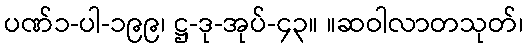
ပဏ်၁-ပါ-၁၉၉၊ ဋ္ဌ-ဒု-အုပ်-၄၃။ ။ဆဝါလာတသုတ်၊